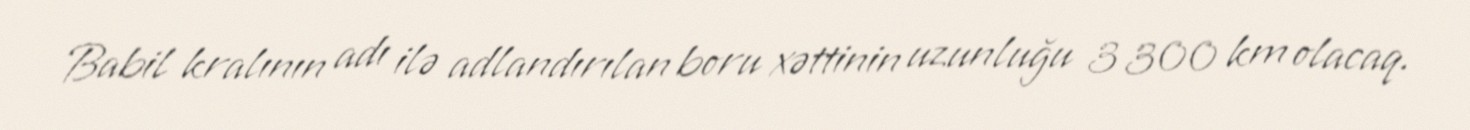
Babil kralının adı ilə adlandırılan boru xəttinin uzunluğu 3 300 km olacaq.